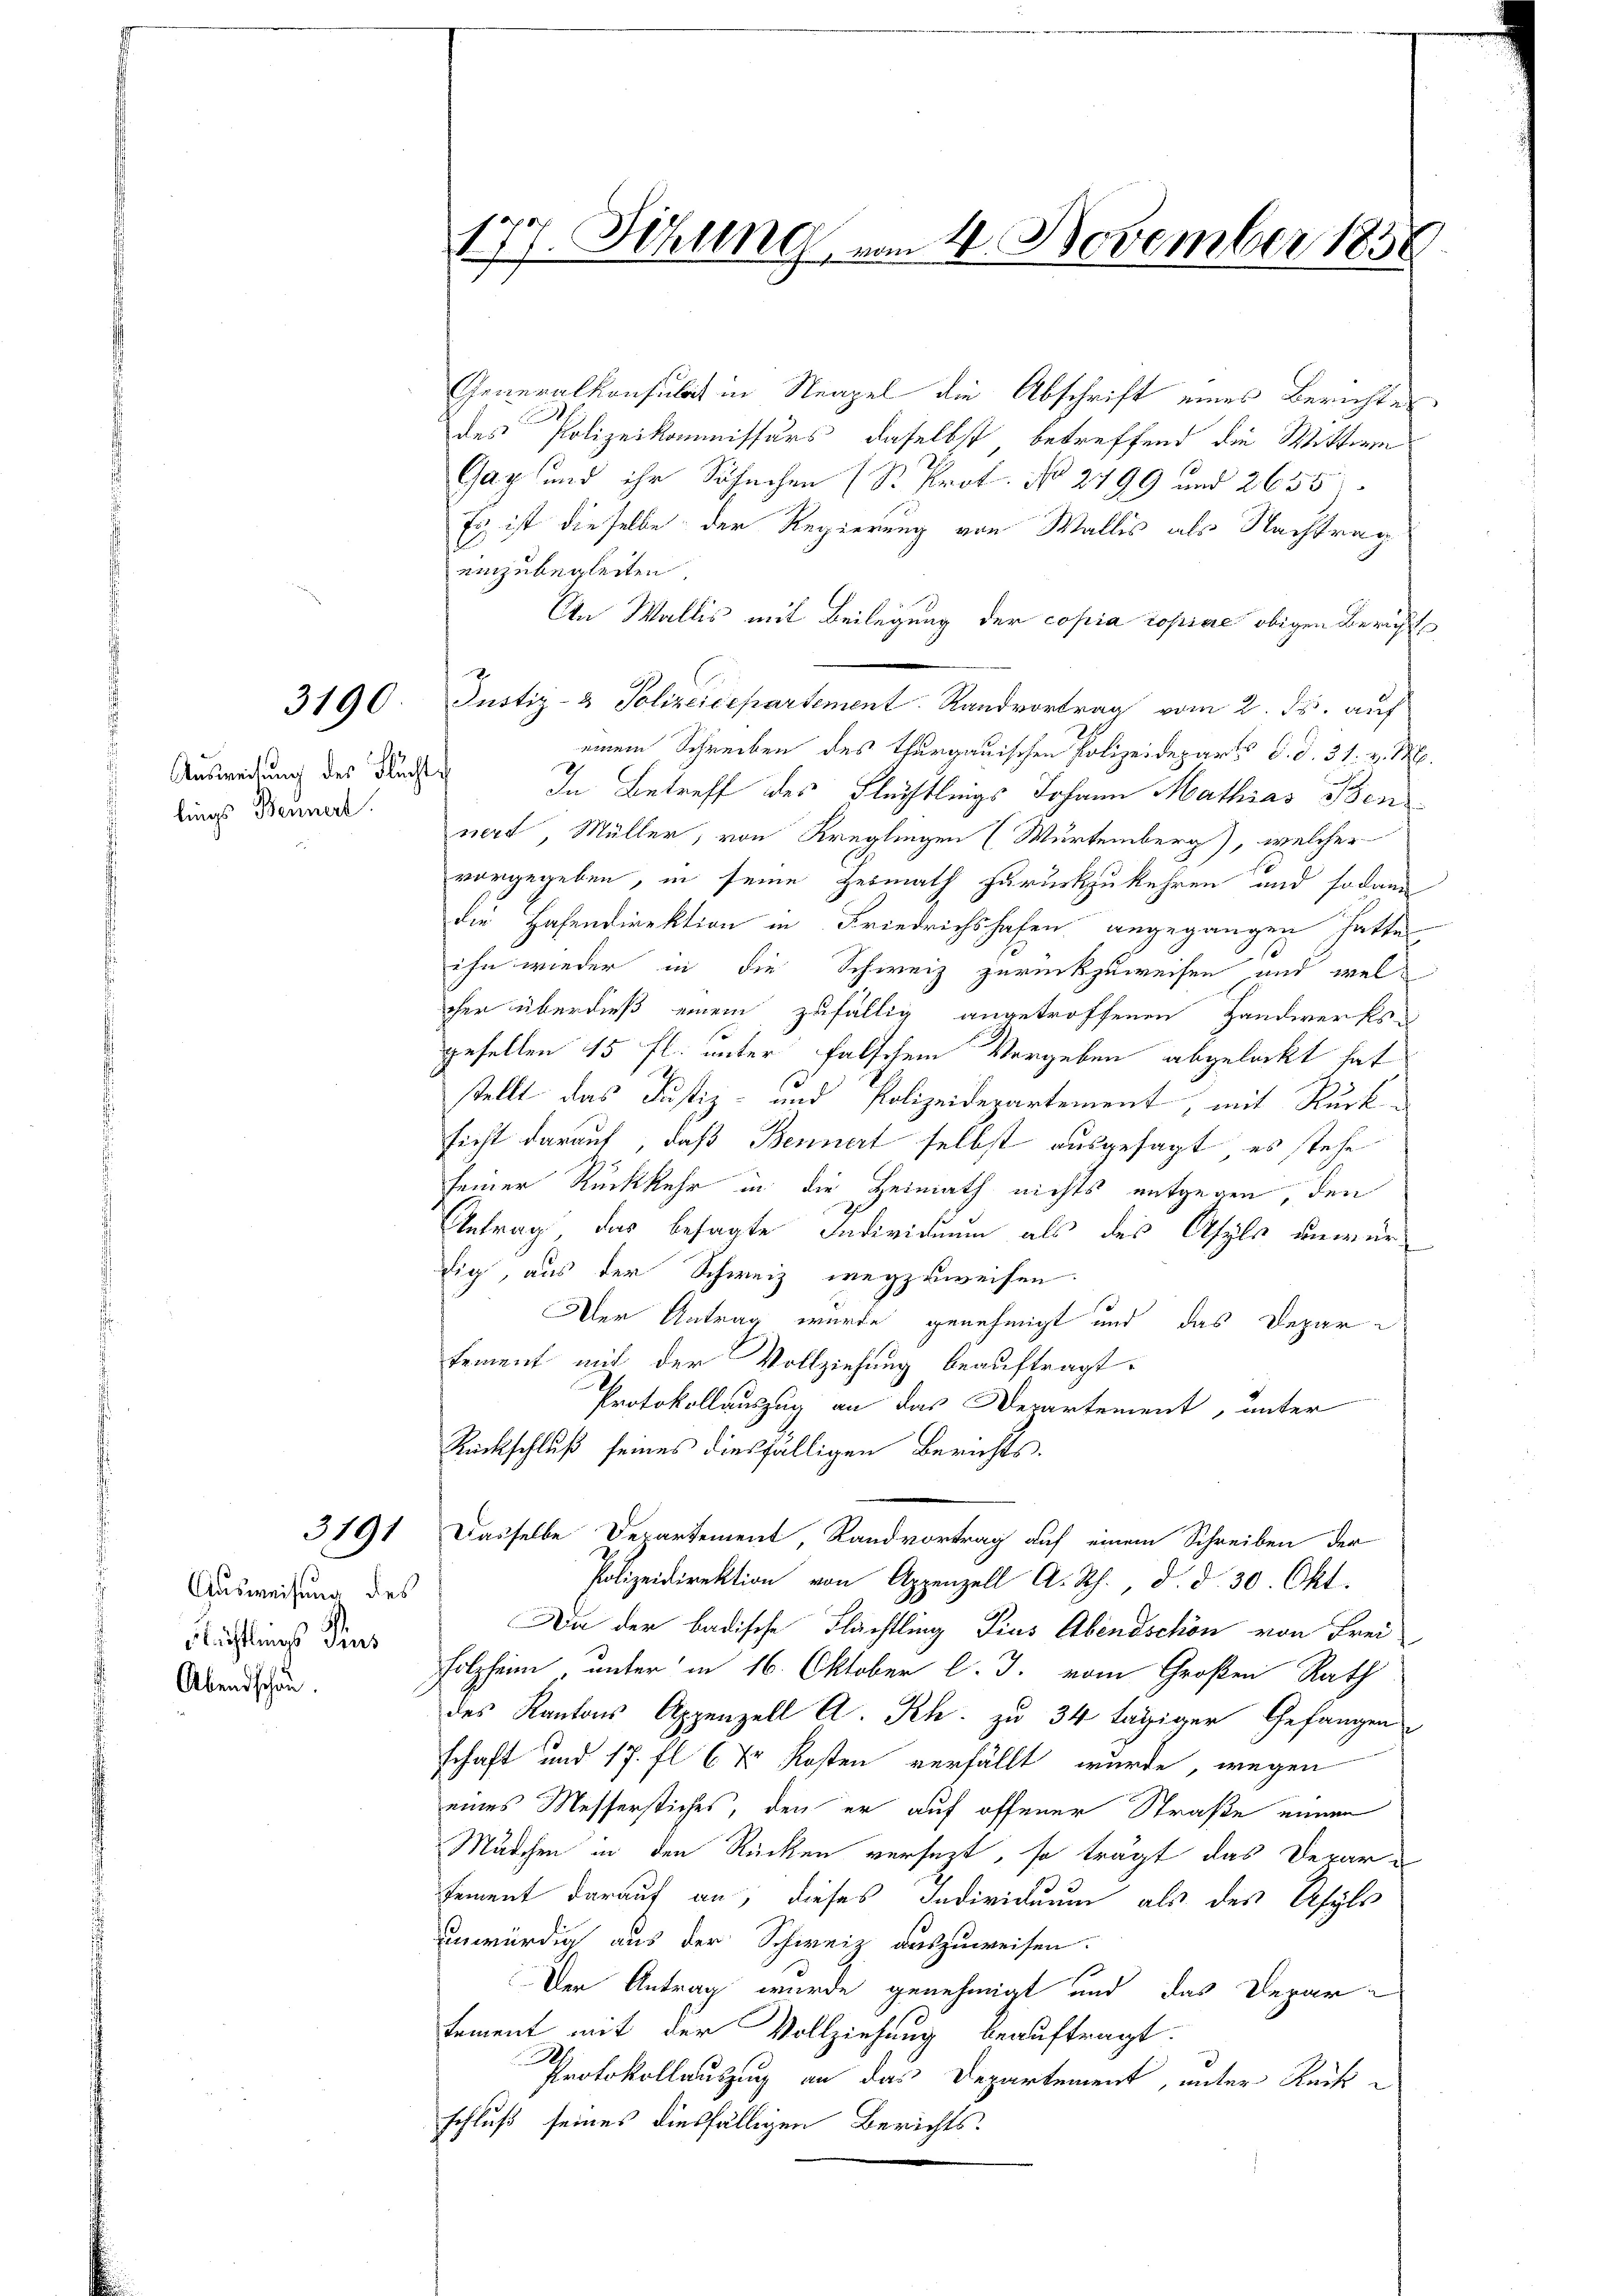
3190

Ausweisung des Fluchte
lings Bennert.

Generalkonsulich in Neapel die Abschrift eines Berichtes
des Polizeikommissärs, daselbst betreffend die Wittwe
Gax und ihr Schechen (S. Prof. No 2799 und 2635
Es ist dieselbe der Regierung von Wallis als Nachtrag
einzubegleiten.
An Wallis mit Beilegung der copia copiere obigen Bericht
Justiz- & Polizeidepartement. Sandvortrag vom 2. ds. auf
einem Schreiben des Thurgauischen Polizeideparts d. d. 31. v. M.
In Betreff des Flüchtlings Johann Mathias Ben
nert Müller, von Kreglingen (Würtemberg), welcher
vorgegeben, in seine Heimath zurückzukehren und sodann
die Hasendirektion in Friedrichshofen angegangen hatte.
ihn wieder in die Schweiz zurückzuweisen, und welcher überdieß einem zufällig angetroffenen Handwerksgesellen 15 fl. unter falschem Vorgeben abgelackt hat
stellt das Justiz- und Polizeidepartement, mit Rücksicht darauf, daß Bennert selbst ausgesagt, es stehe
seiner Rückkehr in die Heimath nichts entgegen, den
Antrag das besagte Individuum als des Asyls unwürdig, aus der Schweiz wegzuweisen.
Der Antrag wurde genehmigt und das Depar d
tement mit der Vollziehung beauftragt.
Protokollauszug an das Departement, unter
Rückschluß seines diesfälligen Berichts-
Dasselbe Departement Randvortrag auf einem Schreiben der
Polizeidirektion von Appenzell A. Rh., d. d. 30 Okt.
An der badische Flächtling Pius Abendschön von Frei
Folzheim unter in 16. Oktober l. J. vom Großen Rath
des Kantons Appenzell A. Sch. zu 34 tägiger Gefangen
schaft und 17. fl. 6 Xr Kosten verfällt wurde, wegen
eines Messerstiches, den er auf offener Straße einem
Mädchen in den Rücken versezt, so trägt das Derar-
sement darauf an, dieses Individuum als des Asyls
unwürdig aus der Schweiz auszuweisen.
Der Antrag wurde genehmigt und das Departement mit der Vollziehung beauftragt.
Protokollauszug an das Departement, unter Rückschluß seines diesfälligen Berichts-

3191

Ausweisung des
Blüchtlings Zins
Abendschau.

177. Sitzung vom 4. November 1858